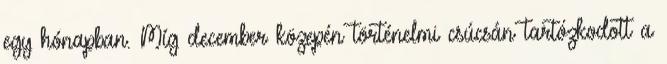
egy hónapban. Míg december közepén történelmi csúcsán tartózkodott a